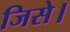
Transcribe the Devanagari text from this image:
जिसे।